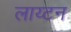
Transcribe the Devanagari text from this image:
लाय्टन